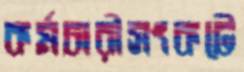
কর্মচারীসংকটে